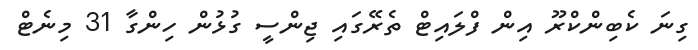
ގިނަ ކެބިންކްރޫ އިން ފްލައިޓް ތެރޭގައި ޖިންސީ ގުޅުން ހިންގާ 31 މިނެޓް